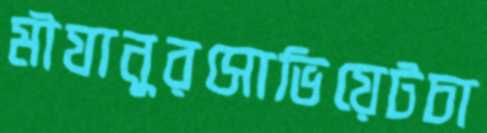
মীযানুরসোভিয়েটচা